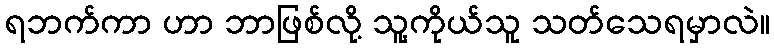
ရဘက်ကာ ဟာ ဘာဖြစ်လို့ သူ့ကိုယ်သူ သတ်သေရမှာလဲ။